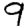
Digit: 9